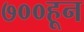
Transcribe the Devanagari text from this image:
७००हून